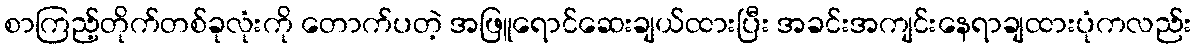
စာကြည့်တိုက်တစ်ခုလုံးကို တောက်ပတဲ့ အဖြူရောင်ဆေးချယ်ထားပြီး အခင်းအကျင်းနေရာချထားပုံကလည်း